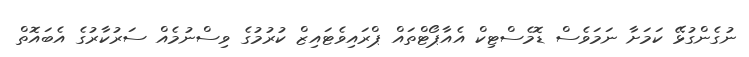
ނުގެންގުޅޭ ކަމަށާ ނަމަވެސް ޑޮމެސްޓިކް އެއާޕޯޓްތައް ޕްރައިވެޓައިޒް ކުރުމުގެ ވިސްނުމެއް ސަރުކާރުގެ އެބައޮތް